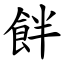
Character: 䬳